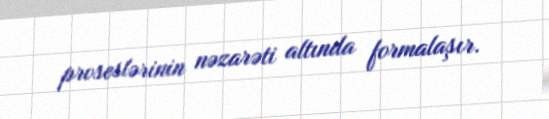
proseslərinin nəzarəti altında formalaşır.